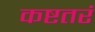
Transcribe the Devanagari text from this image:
कष्टतरं